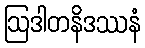
ဩဒါတနိဒဿနံ